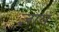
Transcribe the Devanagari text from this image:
ज्ञाय